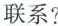
联系?